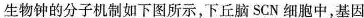
生物钟的分子机制如下图所示，下丘脑SCN细胞中，基因